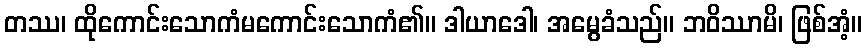
တဿ၊ ထိုကောင်းသောကံမကောင်းသောကံ၏။ ဒါယာဒေါ၊ အမွေခံသည်။ ဘဝိဿာမိ၊ ဖြစ်အံ့။